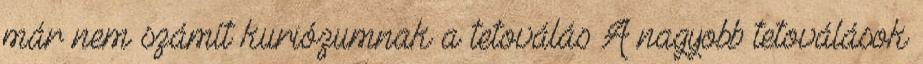
már nem számít kuriózumnak a tetoválás A nagyobb tetoválások